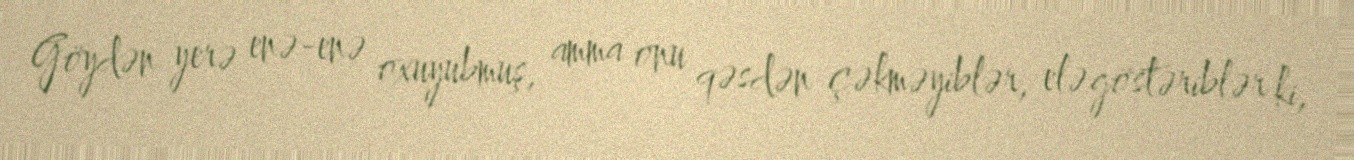
Göydən yerə enə-enə oxuyubmuş, amma onu qəsdən çəkməyiblər, elə göstəriblər ki,